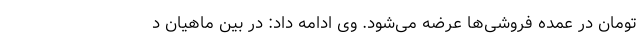
تومان در عمده فروشی‌ها عرضه می‌شود. وی ادامه داد: در بین ماهیان د